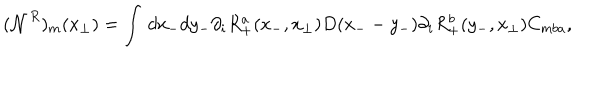
LaTeX: ( { \mathcal N } ^ { R } ) _ { m } ( x _ { \perp } ) = \int \, d x _ { - } d y _ { - } \partial _ { i } R _ { + } ^ { a } ( x _ { - } , x _ { \perp } ) D ( x _ { - } - y _ { - } ) \partial _ { i } R _ { + } ^ { b } ( y _ { - } , x _ { \perp } ) C _ { m b a } ,